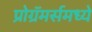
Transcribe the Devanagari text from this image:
प्रोग्रॅमर्समध्ये